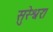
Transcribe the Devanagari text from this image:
सुरेश्वरः।